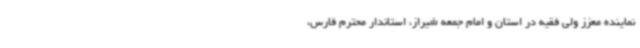
نماینده معزز ولی فقیه در استان و امام جمعه شیراز، استاندار محترم فارس،